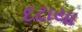
દટાયા